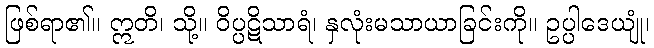
ဖြစ်ရာ၏။ ဣတိ၊ သို့။ ဝိပ္ပဋိသာရံ၊ နှလုံးမသာယာခြင်းကို။ ဥပ္ပါဒေယျုံ၊